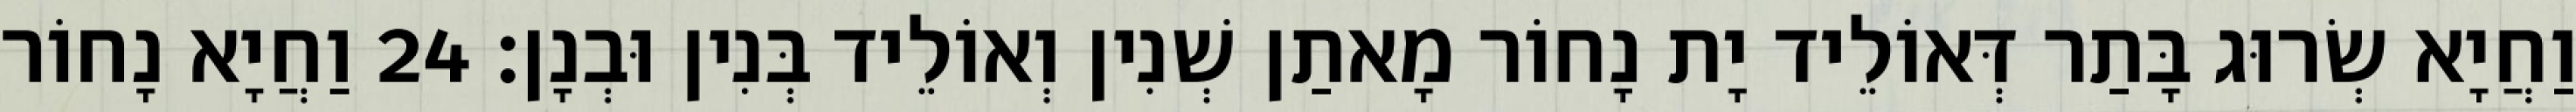
וַחֲיָא שְׂרוּג בָּתַר דְּאוֹלֵיד יָת נָחוֹר מָאתַן שְׁנִין וְאוֹלֵיד בְּנִין וּבְנָן׃ 24 וַחֲיָא נָחוֹר